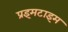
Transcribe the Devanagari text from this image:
प्रइमटाइम